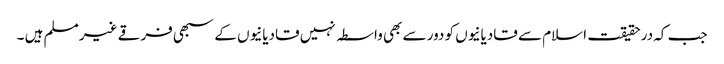
جب کہ درحقیقت اسلام سے قادیانیوں کو دور سے بھی واسطہ نہیں قادیانیوں کے سبھی فرقے غیر مسلم ہیں ۔